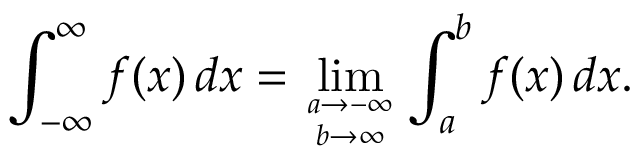
\int _ { - \infty } ^ { \infty } f ( x ) \, d x = \operatorname* { l i m } _ { a \to - \infty \atop b \to \infty } \int _ { a } ^ { b } f ( x ) \, d x .